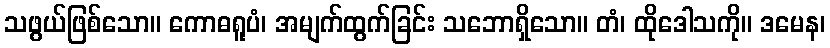
သဖွယ်ဖြစ်သော။ ကောဓရူပံ၊ အမျက်ထွက်ခြင်း သဘောရှိသော။ တံ၊ ထိုဒေါသကို။ ဒမေန၊